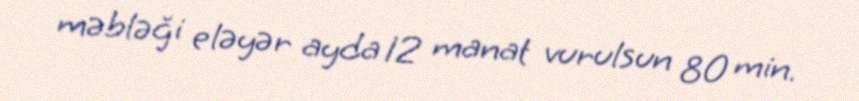
məbləği eləyər ayda 12 manat vurulsun 80 min.